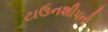
ટાઉનશીપનો